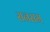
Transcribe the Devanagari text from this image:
सनसम